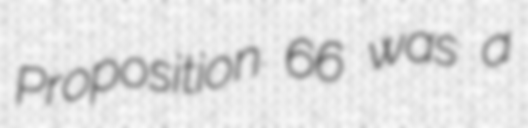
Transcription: Proposition 66 was a